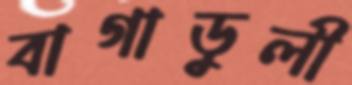
বাগাডুলী